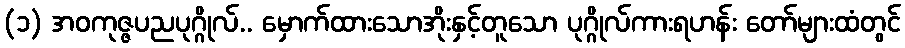
(၁) အဝကုဇ္ဇပညပုဂ္ဂိုလ်.. မှောက်ထားသောအိုးနှင့်တူသော ပုဂ္ဂိုလ်ကားရဟန်း တော်များထံတွင်